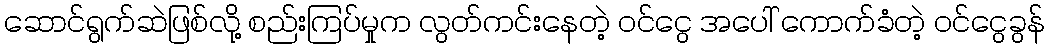
ဆောင်ရွက်ဆဲဖြစ်လို့ စည်းကြပ်မှုက လွတ်ကင်းနေတဲ့ ဝင်ငွေ အပေါ် ကောက်ခံတဲ့ ဝင်ငွေခွန်